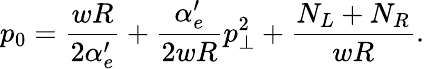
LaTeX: p_{0}=\frac{wR}{2\alpha_{e}^{\prime}}+\frac{\alpha_{e}^{\prime}}{2wR}p_{\perp}^{2}+\frac{N_{L}+N_{R}}{wR}.